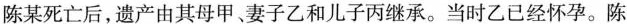
陈某死亡后，遗产由其母甲、妻子乙和儿子丙继承。当时乙已经怀孕。陈